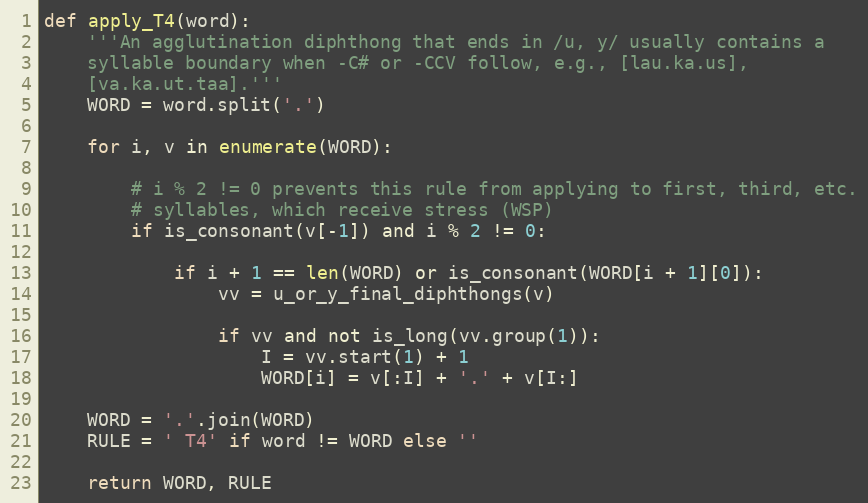
Language: Python
def apply_T4(word):
    '''An agglutination diphthong that ends in /u, y/ usually contains a
    syllable boundary when -C# or -CCV follow, e.g., [lau.ka.us],
    [va.ka.ut.taa].'''
    WORD = word.split('.')

    for i, v in enumerate(WORD):

        # i % 2 != 0 prevents this rule from applying to first, third, etc.
        # syllables, which receive stress (WSP)
        if is_consonant(v[-1]) and i % 2 != 0:

            if i + 1 == len(WORD) or is_consonant(WORD[i + 1][0]):
                vv = u_or_y_final_diphthongs(v)

                if vv and not is_long(vv.group(1)):
                    I = vv.start(1) + 1
                    WORD[i] = v[:I] + '.' + v[I:]

    WORD = '.'.join(WORD)
    RULE = ' T4' if word != WORD else ''

    return WORD, RULE